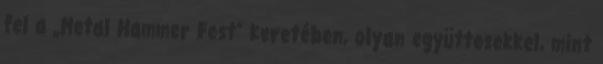
fel a „Metal Hammer Fest” keretében, olyan együttesekkel, mint